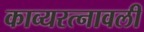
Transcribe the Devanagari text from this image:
काव्यरत्नावली